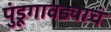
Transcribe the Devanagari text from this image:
पुंडूगावड्याचं